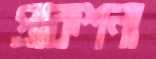
প্রাকশনা